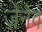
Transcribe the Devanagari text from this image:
जेनेव